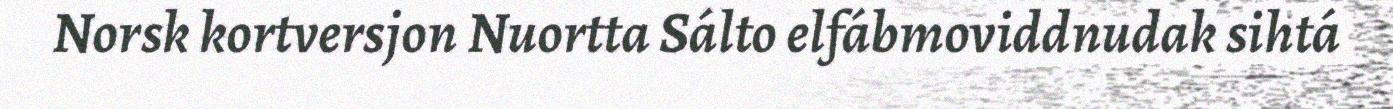
Norsk kortversjon Nuortta Sálto elfábmoviddnudak sihtá